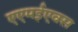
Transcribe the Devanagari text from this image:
एएमईएक्स